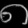
Digit: ၈